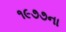
૧૯૭૭ના